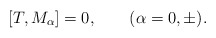
\begin{align*}[T,M_\alpha]=0, \qquad (\alpha=0,\pm) .\end{align*}